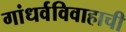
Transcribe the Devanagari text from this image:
गांधर्वविवाहाची